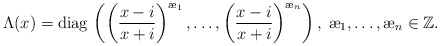
\begin{align*}\Lambda(x) = {\mathrm{diag}}\, \left(\left(\frac{x - i}{x + i}\right)^{{\ae}_1}, \ldots, \left(\frac{x - i}{x + i}\right)^{{\ae}_n}\right),\; {\ae}_1, \ldots, {\ae}_n\in {\mathbb Z}.\end{align*}